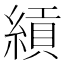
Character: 𬗯